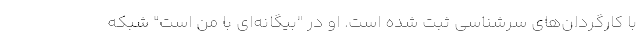
با کارگردان‌های سرشناسی ثبت شده است. او در "بیگانه‌ای با من است" شبکه